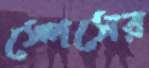
স্পেসের